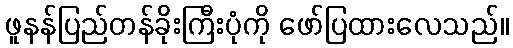
ဖူနန်ပြည်တန်ခိုးကြီးပုံကို ဖော်ပြထားလေသည်။